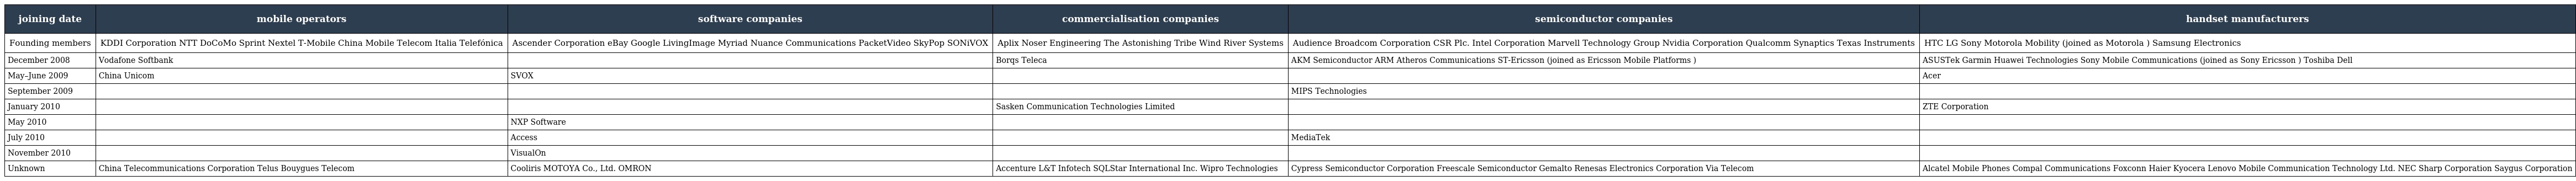
| joining date | mobile operators | software companies | commercialisation companies | semiconductor companies | handset manufacturers |
 | --- | --- | --- | --- | --- | --- |
 | Founding members | KDDI Corporation NTT DoCoMo Sprint Nextel T-Mobile China Mobile Telecom Italia Telefónica | Ascender Corporation eBay Google LivingImage Myriad Nuance Communications PacketVideo SkyPop SONiVOX | Aplix Noser Engineering The Astonishing Tribe Wind River Systems | Audience Broadcom Corporation CSR Plc. Intel Corporation Marvell Technology Group Nvidia Corporation Qualcomm Synaptics Texas Instruments | HTC LG Sony Motorola Mobility (joined as Motorola ) Samsung Electronics |
 | December 2008 | Vodafone Softbank |  | Borqs Teleca | AKM Semiconductor ARM Atheros Communications ST-Ericsson (joined as Ericsson Mobile Platforms ) | ASUSTek Garmin Huawei Technologies Sony Mobile Communications (joined as Sony Ericsson ) Toshiba Dell |
 | May–June 2009 | China Unicom | SVOX |  |  | Acer |
 | September 2009 |  |  |  | MIPS Technologies |  |
 | January 2010 |  |  | Sasken Communication Technologies Limited |  | ZTE Corporation |
 | May 2010 |  | NXP Software |  |  |  |
 | July 2010 |  | Access |  | MediaTek |  |
 | November 2010 |  | VisualOn |  |  |  |
 | Unknown | China Telecommunications Corporation Telus Bouygues Telecom | Cooliris MOTOYA Co., Ltd. OMRON | Accenture L&T Infotech SQLStar International Inc. Wipro Technologies | Cypress Semiconductor Corporation Freescale Semiconductor Gemalto Renesas Electronics Corporation Via Telecom | Alcatel Mobile Phones Compal Communications Foxconn Haier Kyocera Lenovo Mobile Communication Technology Ltd. NEC Sharp Corporation Saygus Corporation |